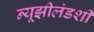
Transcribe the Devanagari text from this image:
न्यूझीलंडशी